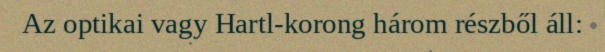
Az optikai vagy Hartl-korong három részből áll: